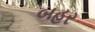
બહર